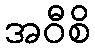
အဝီစိ